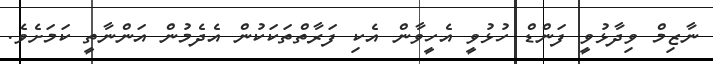
ނާޒިމް ވިދާޅުވީ ފަންޑް ހުޅުވީ އެހީވާން އެކި ފަރާތްތަކަކުން އެދެމުން އަންނާތީ ކަމަށެވެ.